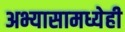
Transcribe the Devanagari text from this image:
अभ्यासामध्येही